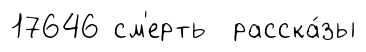
17646 см'ерть расска́зы